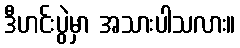
ဒီဟင်းပွဲမှာ အသားပါသလား။